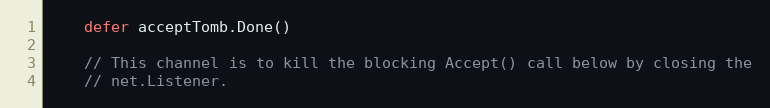
Language: Go
	defer acceptTomb.Done()

	// This channel is to kill the blocking Accept() call below by closing the
	// net.Listener.